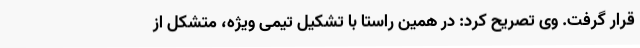
قرار گرفت. وی تصریح کرد: در همین راستا با تشکیل تیمی ویژه، متشکل از